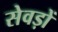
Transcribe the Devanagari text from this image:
सेवड़ों